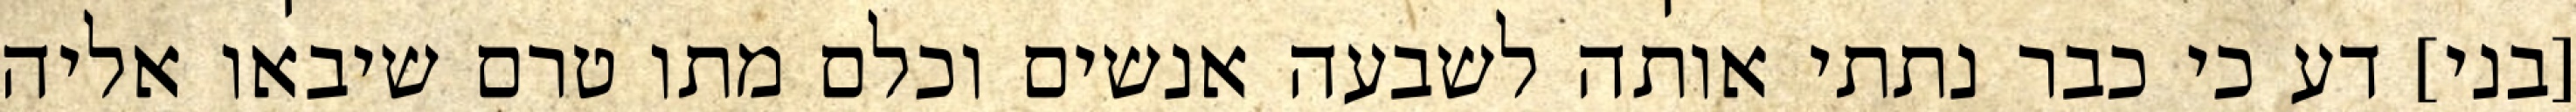
[בני] דע כי כבר נתתי אותה לשבעה אנשים וכלם מתו טרם שיבאו אליה